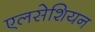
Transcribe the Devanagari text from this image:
एलसेशियन